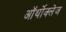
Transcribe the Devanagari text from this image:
ऑर्थोक्लेज